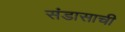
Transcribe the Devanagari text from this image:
संडासाची